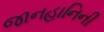
જાનહાનિની